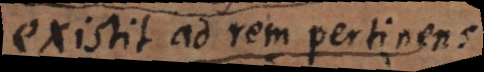
existit ad rem pertinens